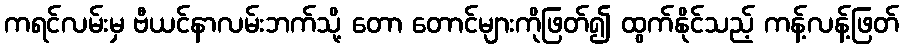
ကရင်လမ်းမှ ဗီယင်နာလမ်းဘက်သို့ တော တောင်များကိုဖြတ်၍ ထွက်နိုင်သည့် ကန့်လန့်ဖြတ်